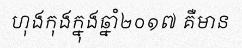
ហុងកុងក្នុងឆ្នាំ២០១៧ គឺមាន